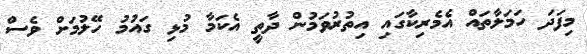
މިފަދަ ހަމަލާތައް އެމެރިކާގައި އިތުރުވަމުން ދާތީ އެކަމާ މުޅި ގައުމު ހޭލުމަށް ވެސް